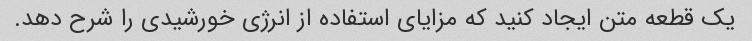
یک قطعه متن ایجاد کنید که مزایای استفاده از انرژی خورشیدی را شرح دهد.